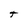
Character: t